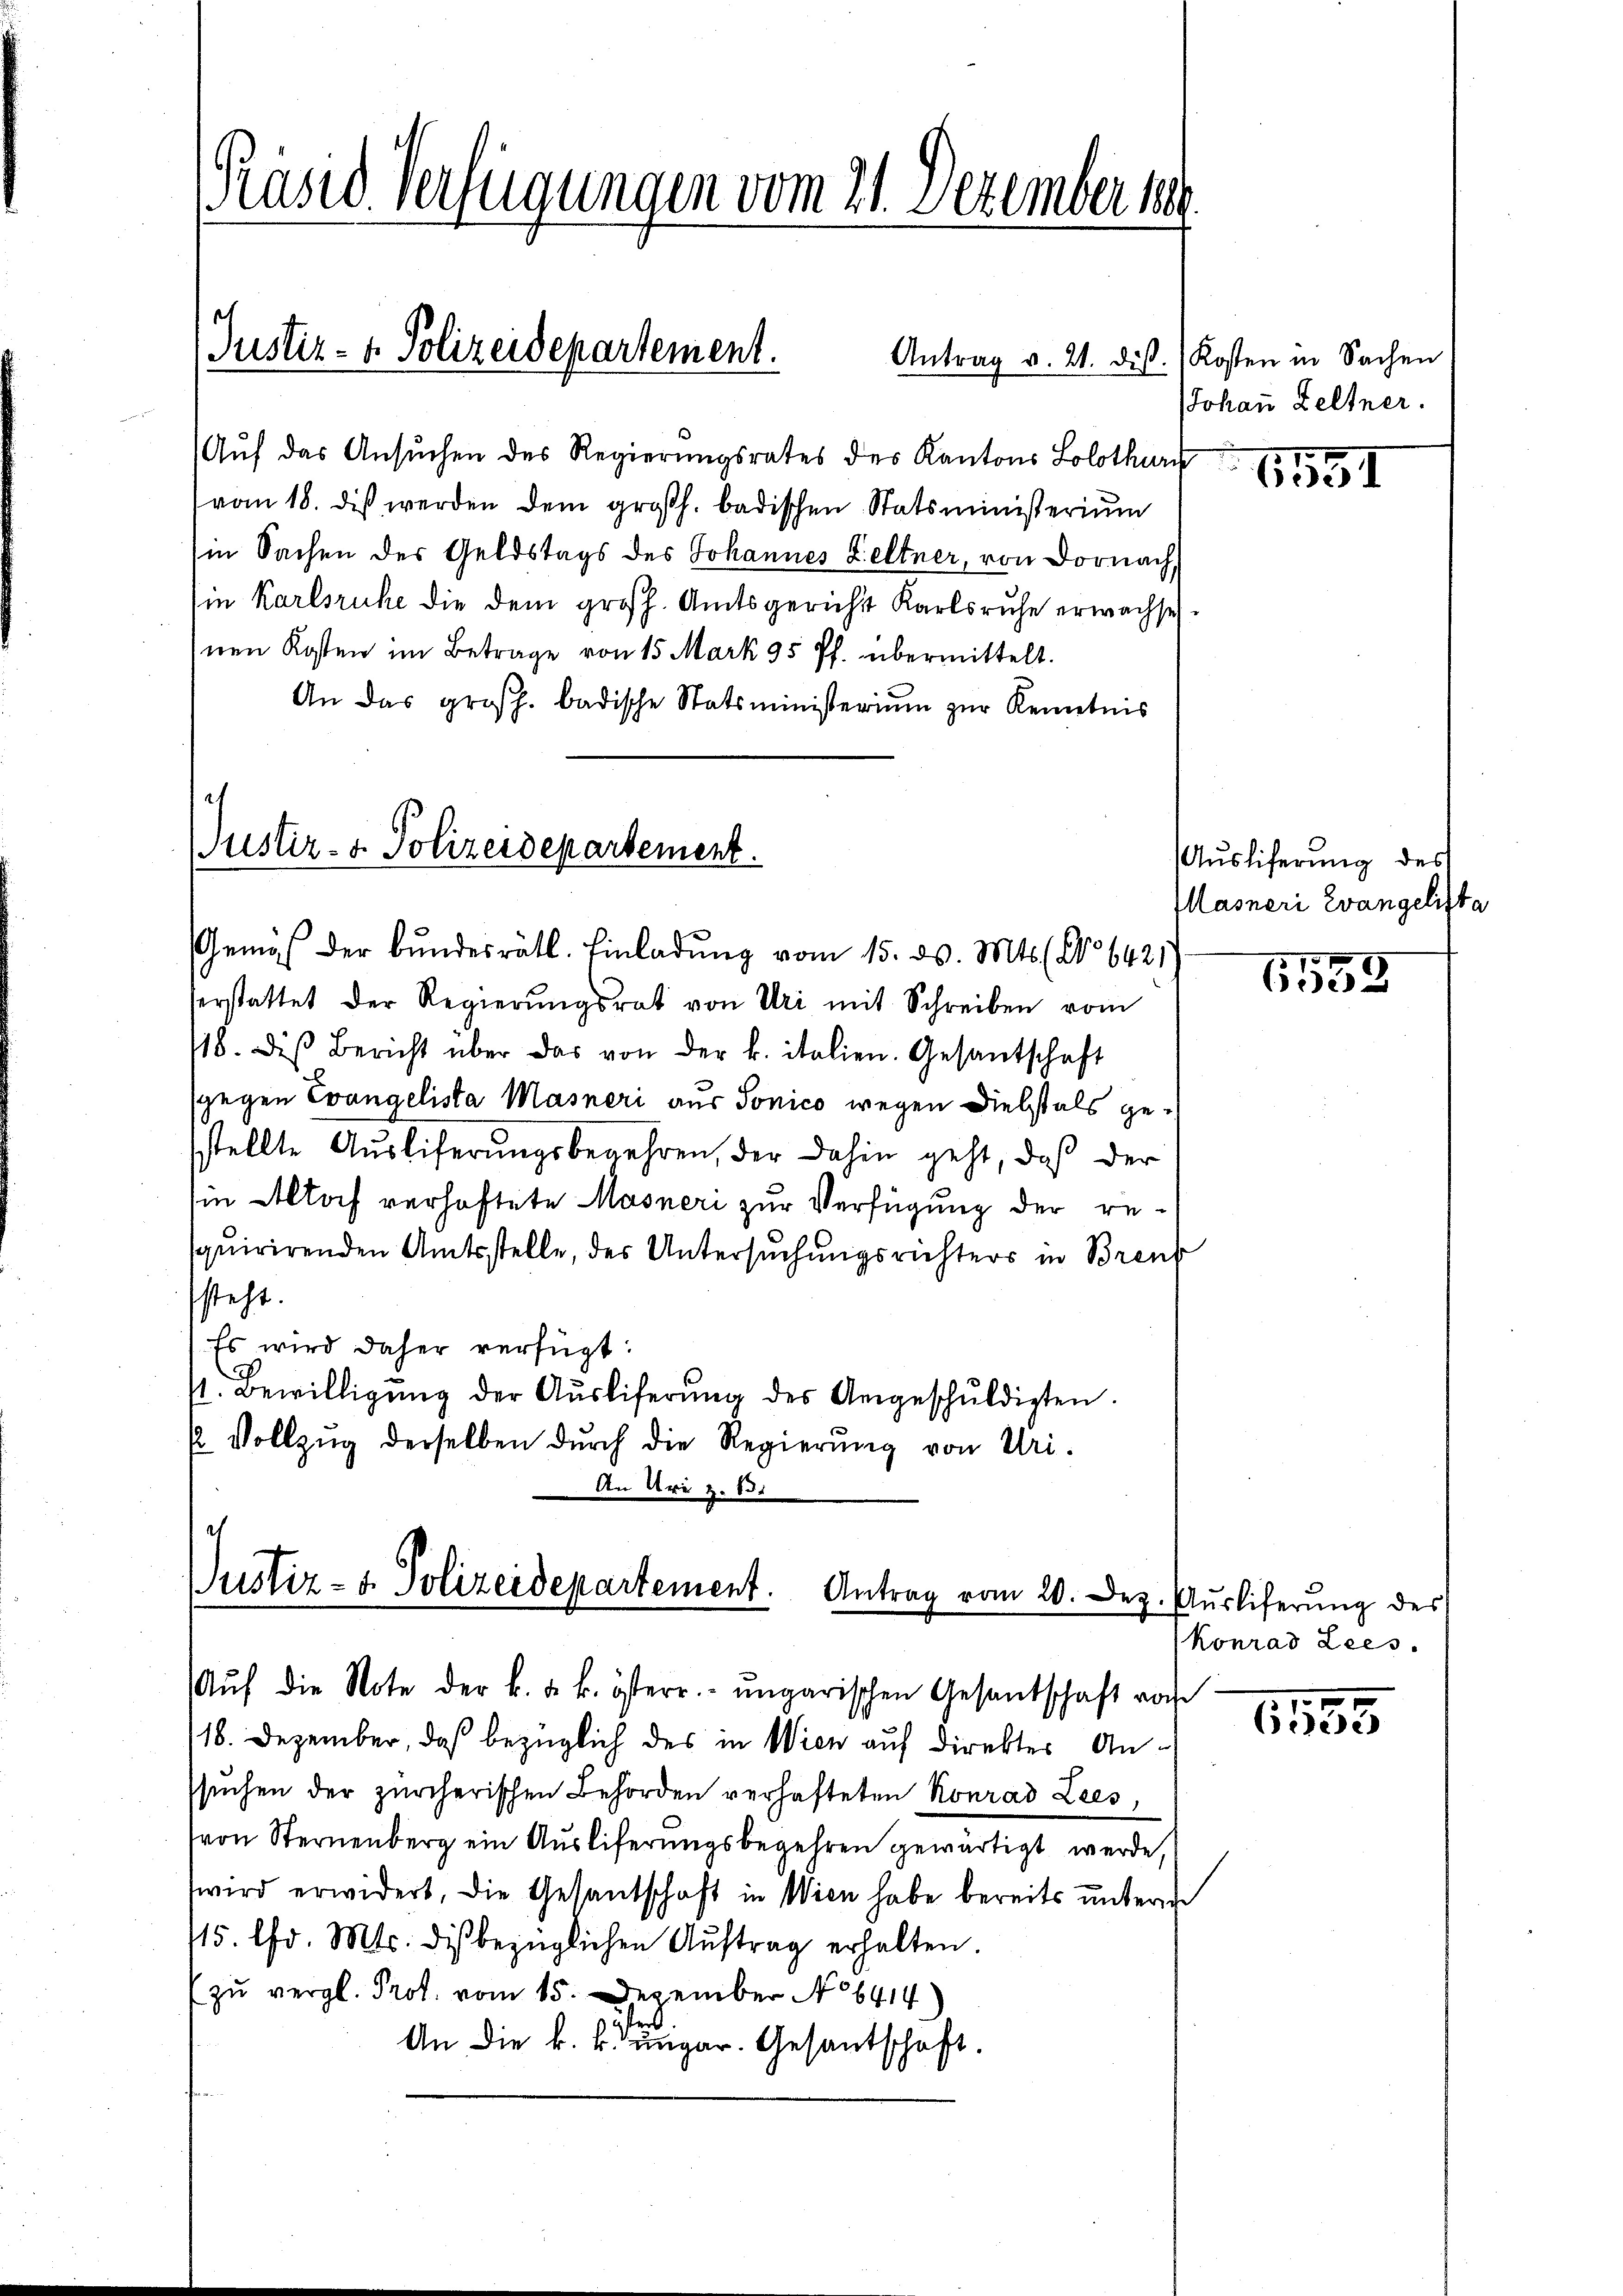
Präsid. Verfügungen vom 21. Dezember 18

Auf das Ansuchen des Regierungsrates des Kantons Solothurn
vom 18. diß werden dem großh. badischen Statsministerium
in Sachen der Geldstags des Johannes Zeltner, von Dornach
Ein Karlsruhe die dem großh. Amtsgericht Karlsruhe erwachse.
Inen Kosten im Betrage von 15 Mark 35 ff. übermittelt.
An das großh. badische Statsministerium zur Kenntnis
Justiz- & Polizeidepartement.

Justiz- & Polizeidepartement.

Justiz- & Polizeidepartement. Antrag vom 20. Dez. Ausliferŭng des

Gemäß der Bundesrätl. Einladung vom 15. d. Mts. No 64211
serstattet der Regierŭngsrat von Uri mit Schreiben vom
/18. diβ Bericht über das von der k. italien. Gesantschaft
sgegen Evangelista Masneri aus Sonico wegen Diebstals gestellte Aŭsliferungsbegehren, der dahin geht, daß der
in Alloch verhaftete Masneri zur Verfügung der requirirenden Amtsstelle, des Untersuchungsrichters in Brent
steht.
Es wird daher verfügt:
s. Bewilligŭng der Aŭsliferŭng des Angeschŭldigten.
u Vollzŭg derselben dŭrch die Regierŭng von Uri-
An Uri Z. 831

Aŭf die Note der k. u. k. österr. ungarischen Gesandschaft von
18. Dezember, daß bezüglich des in Wien auf direkter Anssuchen der zürcherischen Behörden verhafteten Konrad Lees,
(von Sternenberg ein Auslieferungsbegehren gewärtigt werde,
wird erwidert, die Gesandschaft in Wien habe bereits unterde
15. lfd. Mts. dis bezüglichen Aŭftrag erhalten.
zu vergl. Prot. vom 15. Dezember No 6414
An die k. k. ungar. Gesantschaft.

Antrag v. 21. dis. Kosten in Sachen
JJohan Zeltner.

1551

Auslieferung des
Masneri Evangelista

1559

konrad Lees.

1,155